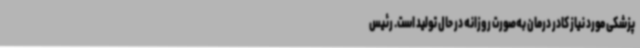
پزشکی مورد نیاز کادر درمان به‌صورت روزانه در حال تولید است. رئیس